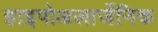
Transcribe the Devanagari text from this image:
हाइपोअलार्जेनिक